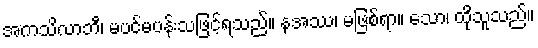
အကသိလာဘီ၊ မပင်မပန်းသဖြင့်ရသည်။ နအဿ၊ မဖြစ်ရာ။ သော၊ ထိုသူသည်။